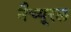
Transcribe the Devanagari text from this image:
नैच्यूरल